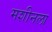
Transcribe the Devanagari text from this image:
मशीनला